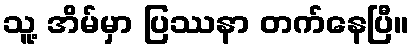
သူ့ အိမ်မှာ ပြဿနာ တက်နေပြီ။